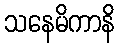
သနေမိကာနိ